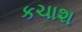
કચાશ